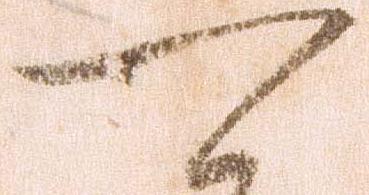
可